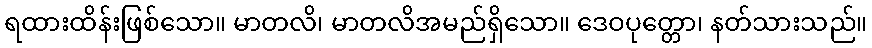
ရထားထိန်းဖြစ်သော။ မာတလိ၊ မာတလိအမည်ရှိသော။ ဒေဝပုတ္တော၊ နတ်သားသည်။